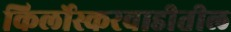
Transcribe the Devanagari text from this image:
किर्लोस्करवाडीतील